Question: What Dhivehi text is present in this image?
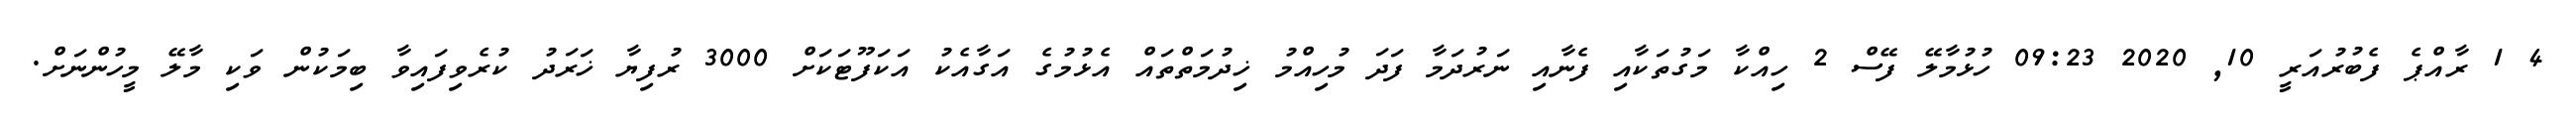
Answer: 4 1 ރާއްޕެ ފެބުރުއަރީ 10, 2020 09:23 ހުޅުމާލޭ ފޭސް 2 ހިއްކާ މަގުތަކާއި ފެނާއި ނަރުދަމާ ފަދަ މުހިއްމު ޚިދުމަތްތައް އެޅުމުގެ އަގާއެކު އަކަފޫޓަކަށް 3000 ރުފިޔާ ޚަރަދު ކުރެވިފައިވާ ބިމަކުން ވަކި މާލޭ މީހުންނަށް.